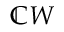
\mathbb { C } W